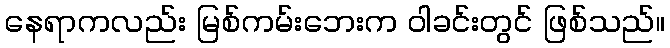
နေရာကလည်း မြစ်ကမ်းဘေးက ဝါခင်းတွင် ဖြစ်သည်။